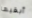
أبقيها